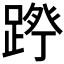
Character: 𮛷